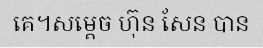
គេ។សម្តេច ហ៊ុន សែន បាន